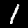
Digit: 1